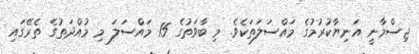
ޖިސްމާނީ އަނިޔާކުރުމުގެ މައްސަލަތަކެވެ. މި ބާވަތުގެ 15 މައްސަލަ މި މުއްދަތުގެ ތެރޭގައި